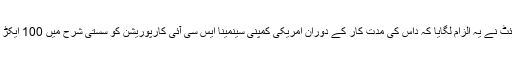
جولائی، 2016 میں پی گروزنام کی ایک ویب سائٹ نے یہ الزام لگایا کہ داس کی مدت کار کے دوران امریکی کمپنی سینمینا ایس سی آئی کارپوریشن کو سستی شرح میں 100 ایکڑ سرکاری زمین کے مختص میں گڑبڑی ہوئی تھی۔